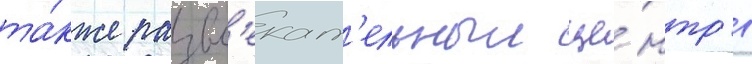
та́кже развл'екат'ельныи це́нтр в